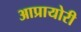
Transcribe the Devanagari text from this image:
आप्रायोरी